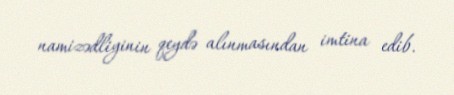
namizədliyinin qeydə alınmasından imtina edib.